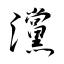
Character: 灙